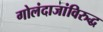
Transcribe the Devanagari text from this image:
गोलंदाजांविरुद्ध